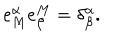
e _ { M } ^ { \alpha } e _ { \beta } ^ { M } = \delta _ { \beta } ^ { \alpha } .